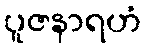
ပူဇနာရဟံ